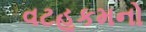
વટહૂકમનો